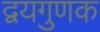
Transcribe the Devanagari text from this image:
द्वयगुणक